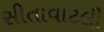
સીતાવાટલી